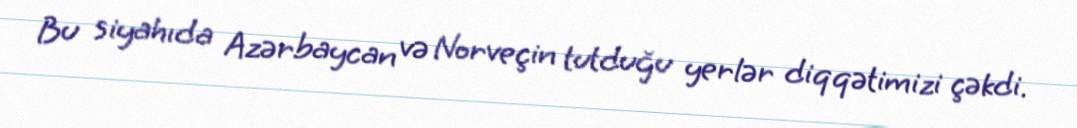
Bu siyahıda Azərbaycan və Norveçin tutduğu yerlər diqqətimizi çəkdi.